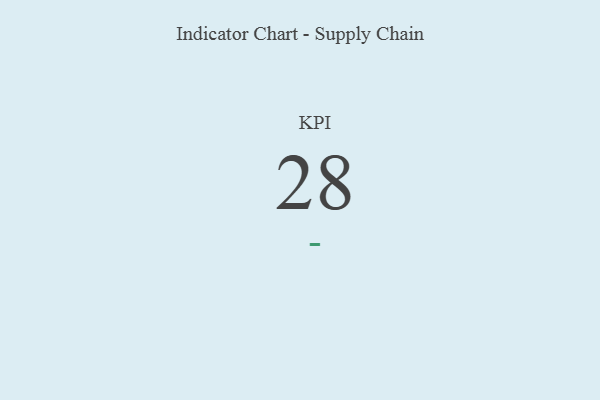
{"axis": {"x": "KPI", "y": "Value"}, "legend": [""], "data": [{"x": "KPI", "y": 28, "type": ""}]}